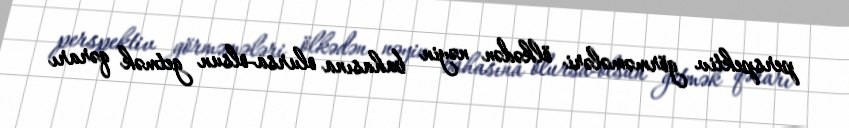
perspektiv görməmələri ölkədən nəyin bahasına olursa-olsun getmək qərarı